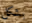
بشكل